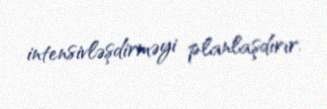
intensivləşdirməyi planlaşdırır.